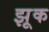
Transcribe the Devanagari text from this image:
झूक